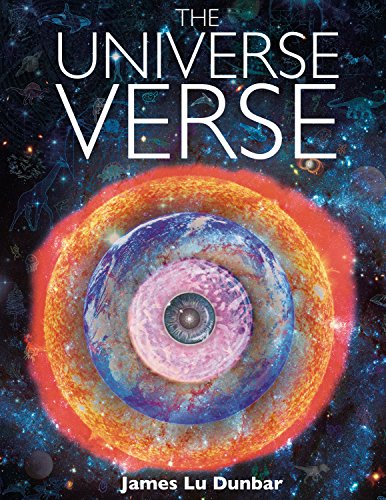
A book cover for The Universe Verse; James Lu Dunbar; Comics & Graphic Novels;